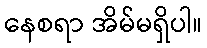
နေစရာ အိမ်မရှိပါ။